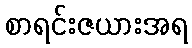
စာရင်းဇယားအရ